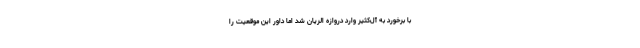
با برخورد به آل‌کثیر وارد دروازه الریان شد اما داور این موقعیت را